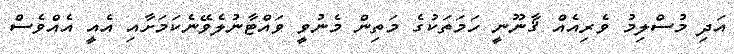
އަދި މުސްލިމު ވެރިއެއް ޤާނޫނީ ހަމަތަކުގެ މަތިން މެނުވީ ވައްޓާނުލެވޭނެކަމަށާއި އެއީ އެއްވެސް